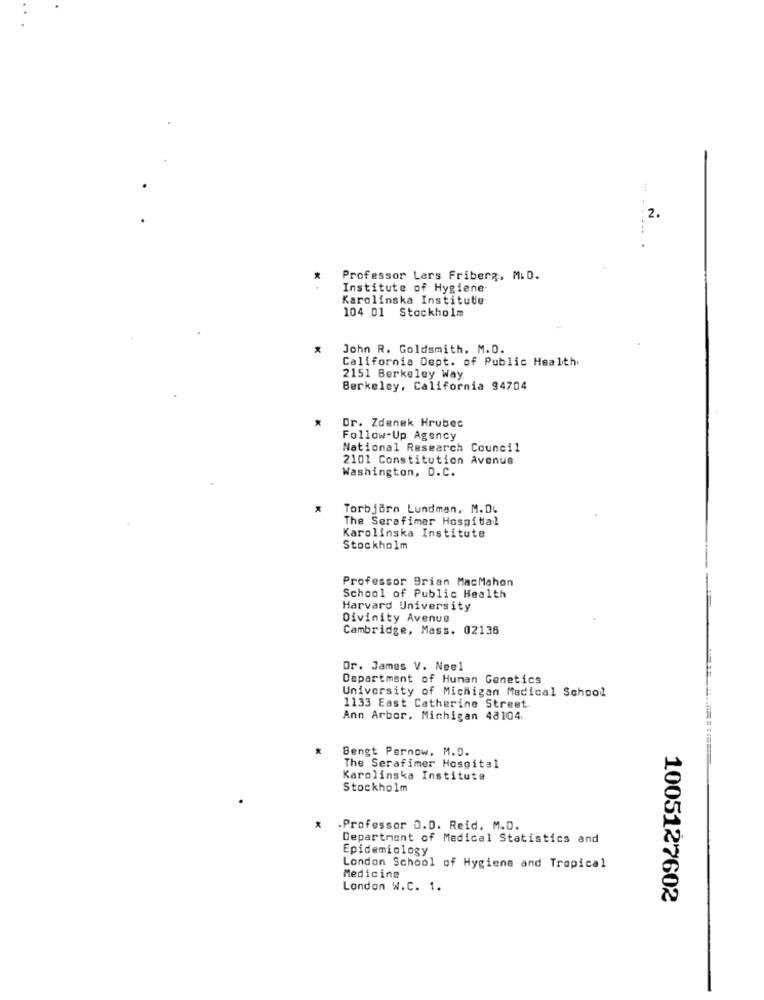
2.
*
Professor Lars Friberg, M.D.
Institute of Hygiene
Karolinska Institute
104 01 Stockholm
John R. Goldsmith, M.D.
California Dept. of Public Health.
2151 Berkeley Way
Berkeley, California 94704
Dr. Zdenek Hrubec
Follow-Up Agency
National Research Council
2101 Constitution Avenue
Washington, D.C.
Torbjorn Lundman, M. D.
The Serafimer Hospital
Karolinska Institute
Stockholm
Professor Brian MacMahon
School of Public Health
Harvard University
Divinity Avenue
Cambridge, Mass. 02136
Dr. James V. Neel
Department of Human Genetics
University of Michigan Medical School
1133 East Catherine Street
Ann Arbor, Michigan 48104.
Bengt Pernow, M.D.
The Serafimer Hospital
Karolinska Institute
Stockholm
-Professor 0.0. Reid, M.D.
Department of Medical Statistics and
Epidemiology
London School of Hygiene and Tropical
Medicine
London W.C. 1.
1005127602